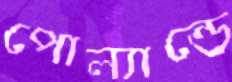
পোল্যান্ডে